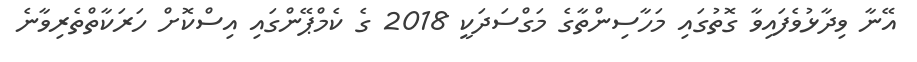
އޭނާ ވިދާޅުވެފައިވާ ގޮތުގައި މަހާސިންތާގެ މަގްސަދަކީ 2018 ގެ ކެމްޕޭންގައި އިސްކޮށް ހަރަކާތްތެރިވާނެ